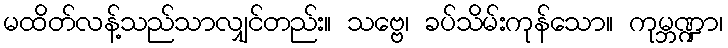
မထိတ်လန့်သည်သာလျှင်တည်း။ သဗ္ဗေ၊ ခပ်သိမ်းကုန်သော။ ကုမ္ဘဏ္ဍာ၊